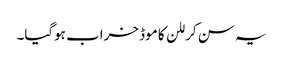
یہ سن کر للن کا موڈ خراب ہوگیا۔